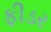
ફીડર